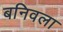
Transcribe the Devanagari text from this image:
बनिवला